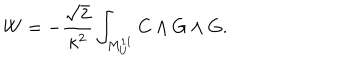
LaTeX: W = - { \frac { \sqrt { 2 } } { \kappa ^ { 2 } } } \int _ { M _ { U } ^ { 1 1 } } C \wedge G \wedge G .